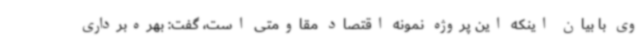
وی با بیان اینکه این پروژه نمونه اقتصاد مقاومتی است، گفت: بهره‌برداری